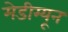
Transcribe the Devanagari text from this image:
मेडीम्यून